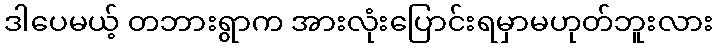
ဒါပေမယ့် တဘားရွာက အားလုံးပြောင်းရမှာမဟုတ်ဘူးလား